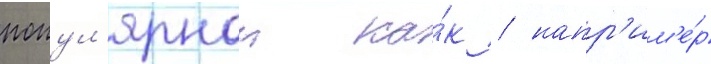
попул'ярнои ка́к / напр'им'е́р